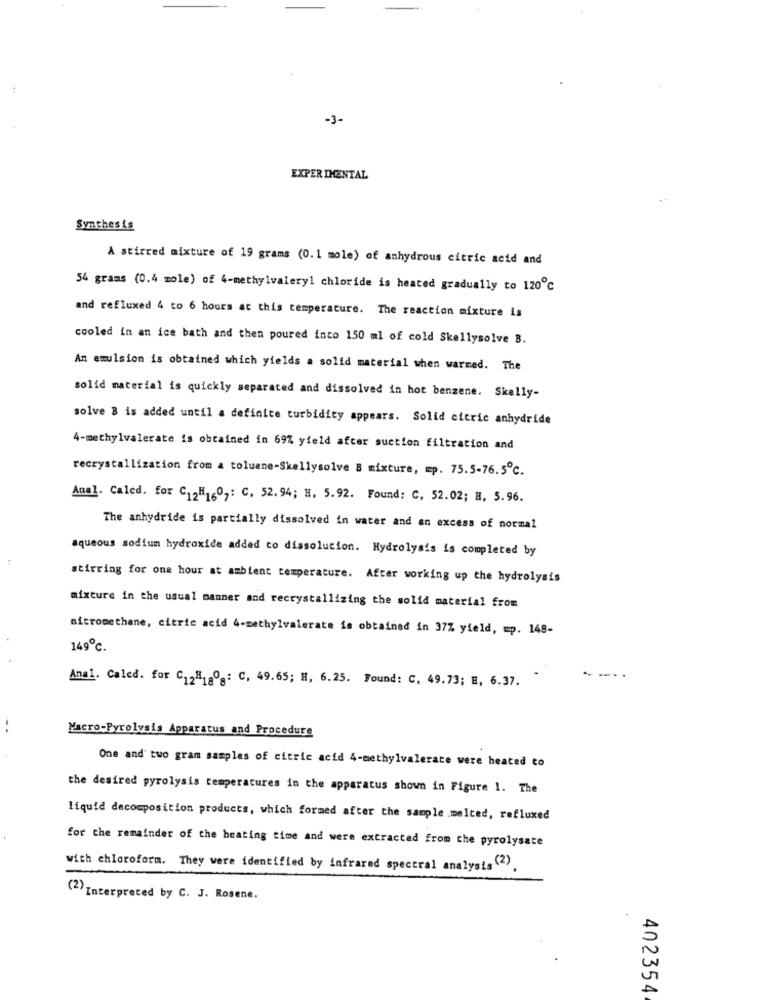
-3-
EXPER IMENTAL
Synthesis
A stirred mixture of 19 grams (0.1 mole) of anhydrous citric acid and
54 grams (0.4 mole) of 4-methylvaleryl chloride is heated gradually to 120℃
and refluxed 4 to 6 hours at this temperature. The reaction mixture is
cooled in an ice bath and then poured into 150 ml of cold Skellysolve B.
An emulsion is obtained which yields a solid material when warmed. The
solid material is quickly separated and dissolved in hot benzene. Skelly-
solve B is added until a definite turbidity appears. Solid citric anhydride
4-methylvalerate is obtained in 69% yield after suction filtration and
recrystallization from a toluene-Skellysolve B mixture, mp. 75.5-76.5℃.
Anal. Caled. for "12H1607: C, 52.94; H. 5.92. Found: C, 52.02; H, 5.96.
The anhydride is partially dissolved in water and an excess of normal
aqueous sodium hydroxide added to dissolution. Hydrolysis is completed by
stirring for one hour at ambient temperature. After working up the hydrolysis
mixture in the usual manner and recrystallizing the solid material from
nitromethane, citric acid 4-methylvalerate is obtained in 37% yield, mp. 148-
149℃.
Anal. Caled. for C128180 : C, 49.65; H, 6.25. Found: C, 49.73; E, 6.37.
Macro-Pyrolysis Apparatus and Procedure
One and' two gram samples of citric acid 4-methylvalerate were heated to
the desired pyrolysis temperatures in the apparatus shown in Figure 1. The
liquid decomposition products, which formed after the sample .melted, refluxed
for the remainder of the heating time and were extracted from the pyrolysate
with chloroform. They were identified by infrared spectral analysis (2),
(2) Interpreted by C. J. Rosene.
402354